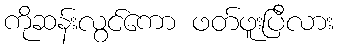
ကိုဆန်းလွင်ကော ဖတ်ဖူးပြီလား